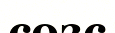
сөзс